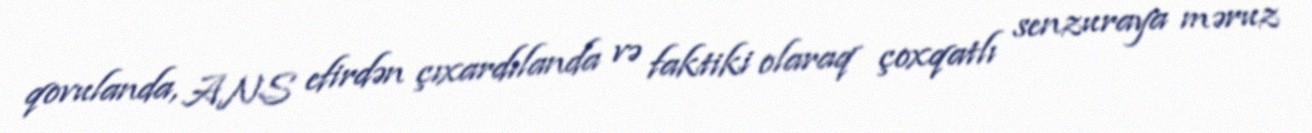
qovulanda, ANS efirdən çıxardılanda və faktiki olaraq çoxqatlı senzuraya məruz